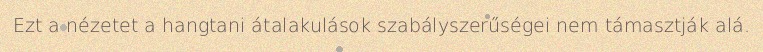
Ezt a nézetet a hangtani átalakulások szabályszerűségei nem támasztják alá.